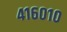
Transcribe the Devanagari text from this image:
४१६०१०